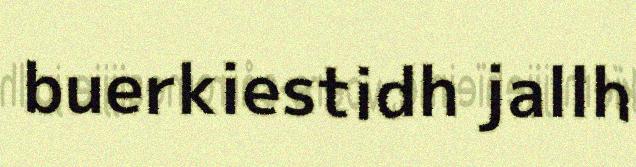
buerkiestidh jallh